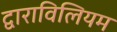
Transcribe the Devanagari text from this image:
द्वाराविलियम